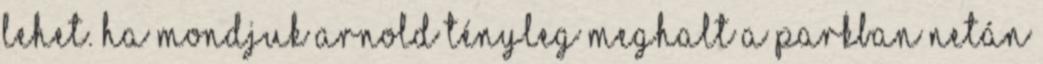
Lehet. Ha mondjuk Arnold tényleg meghalt a parkban netán